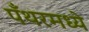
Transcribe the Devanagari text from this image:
पँथरमध्ये